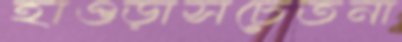
হাওড়াসচেতনা